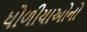
ધોળીયાઓનો